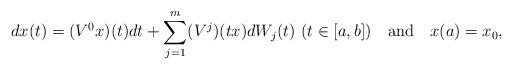
LaTeX: \begin{align*} dx(t)=(V^0x)(t)dt+\sum\limits_{j=1}^m(V^j)(tx)dW_j(t) \ (t\in [a,b]) \ \ \ \mbox{and} \ \ \ x(a)=x_0, \end{align*}